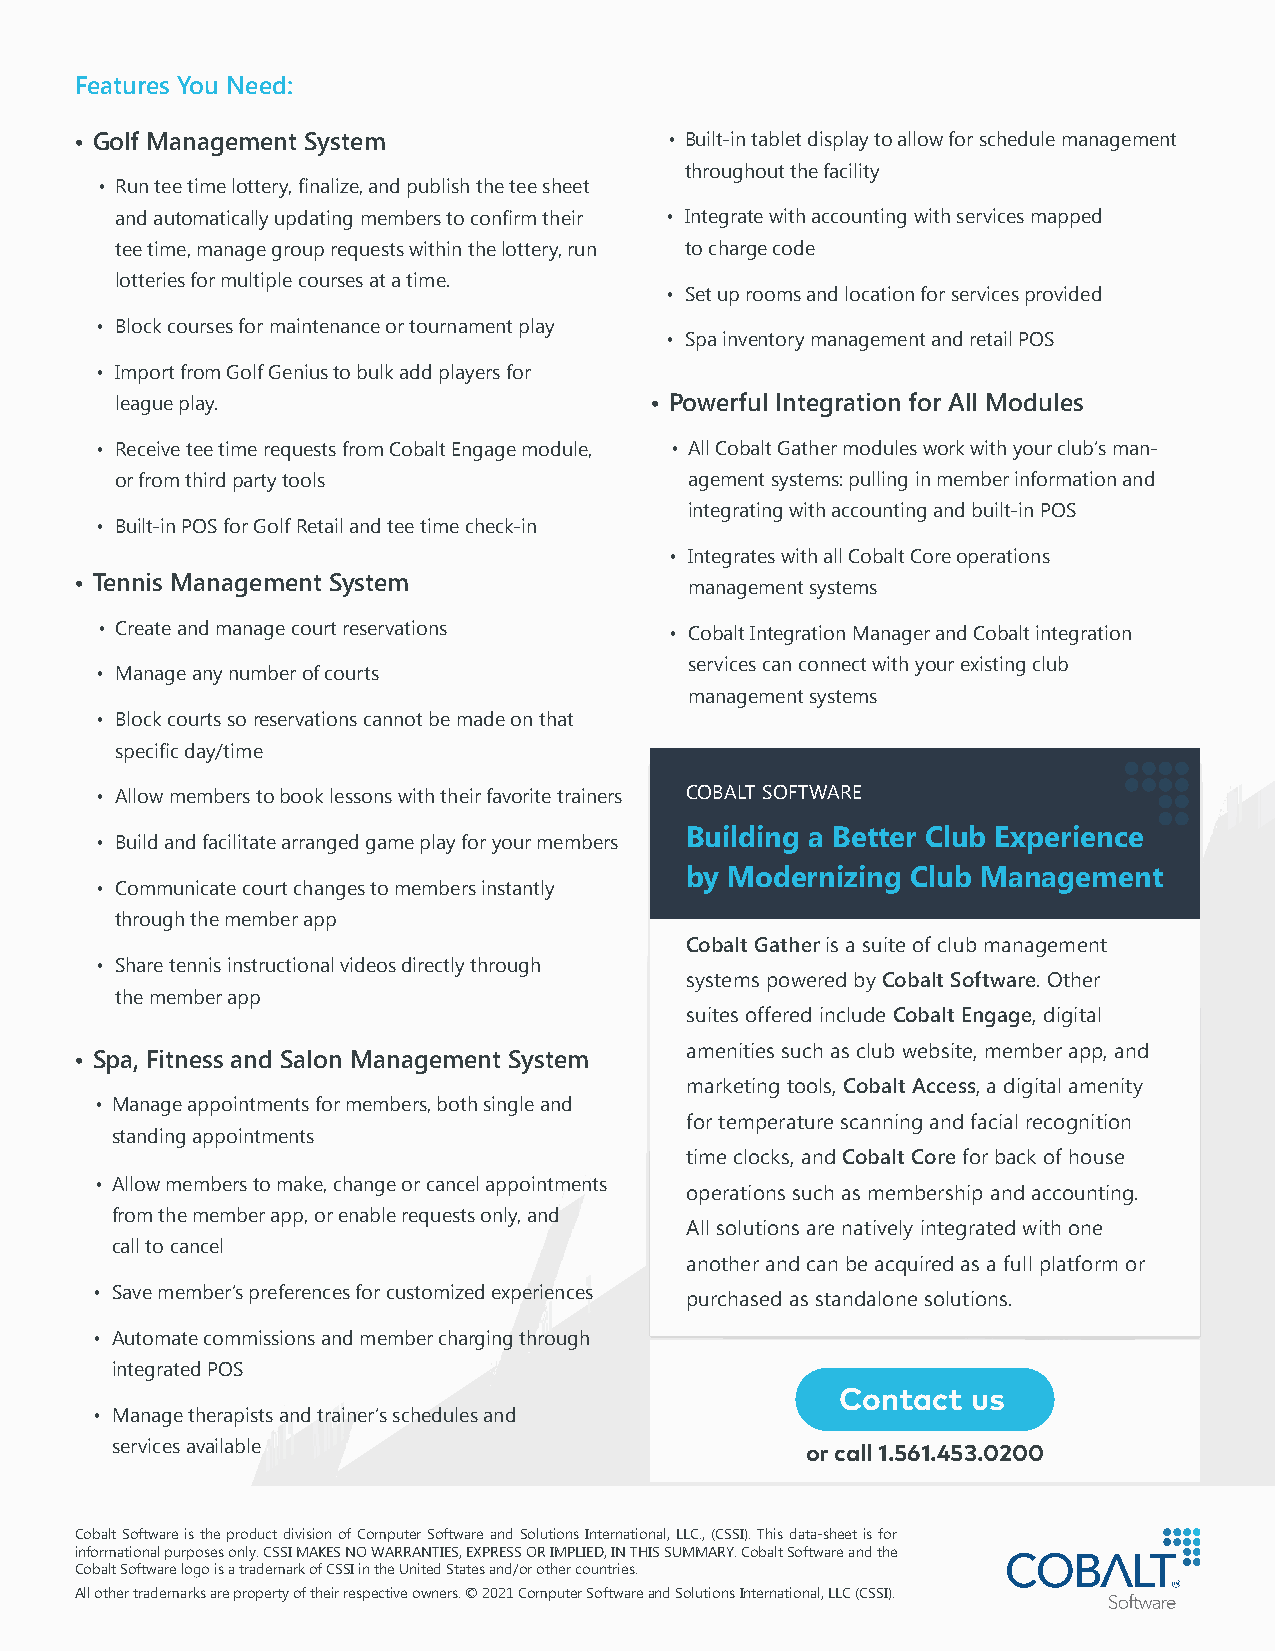
Features You Need:
 • Golf Management System               • Built-in tablet display to allow for schedule management
 throughout the facility
 • Run tee time lottery, finalize, and publish the tee sheet
 and automatically updating members to confirm their • Integrate with accounting with services mapped
 tee time, manage group requests within the lottery, run to charge code
 lotteries for multiple courses at a time.
 • Set up rooms and location for services provided
 • Block courses for maintenance or tournament play
 • Spa inventory management and retail POS
 • Import from Golf Genius to bulk add players for
 league play.                       • Powerful Integration for All Modules
 • Receive tee time requests from Cobalt Engage module, • All Cobalt Gather modules work with your club’s man-
 or from third party tools             agement systems: pulling in member information and
 integrating with accounting and built-in POS
 • Built-in POS for Golf Retail and tee time check-in
 • Integrates with all Cobalt Core operations
 • Tennis Management System               management systems
 • Create and manage court reservations • Cobalt Integration Manager and Cobalt integration
 services can connect with your existing club
 • Manage any number of courts
 management systems
 • Block courts so reservations cannot be made on that
 specific day/time
 • Allow members to book lessons with their favorite trainers COBALT SOFTWARE
 Building a Better Club Experience
 • Build and facilitate arranged game play for your members
 by Modernizing Club Management
 • Communicate court changes to members instantly
 through the member app
 Cobalt Gather is a suite of club management
 • Share tennis instructional videos directly through
 systems powered by Cobalt Software. Other
 the member app
 suites offered include Cobalt Engage, digital
 amenities such as club website, member app, and
 • Spa, Fitness and Salon Management System
 marketing tools, Cobalt Access, a digital amenity
 • Manage appointments for members, both single and
 for temperature scanning and facial recognition
 standing appointments
 time clocks, and Cobalt Core for back of house
 • Allow members to make, change or cancel appointments
 operations such as membership and accounting.
 from the member app, or enable requests only, and
 All solutions are natively integrated with one
 call to cancel
 another and can be acquired as a full platform or
 • Save member’s preferences for customized experiences purchased as standalone solutions.
 • Automate commissions and member charging through
 integrated POS
 Contact us
 • Manage therapists and trainer’s schedules and
 services available                            or call 1.561.453.0200
 Cobalt Software is the product division of Computer Software and Solutions International, LLC., (CSSI). This data-sheet is for
 informational purposes only. CSSI MAKES NO WARRANTIES, EXPRESS OR IMPLIED, IN THIS SUMMARY. Cobalt Software and the
 Cobalt Software logo is a trademark of CSSI in the United States and/or other countries.
 All other trademarks are property of their respective owners. © 2021 Computer Software and Solutions International, LLC (CSSI).